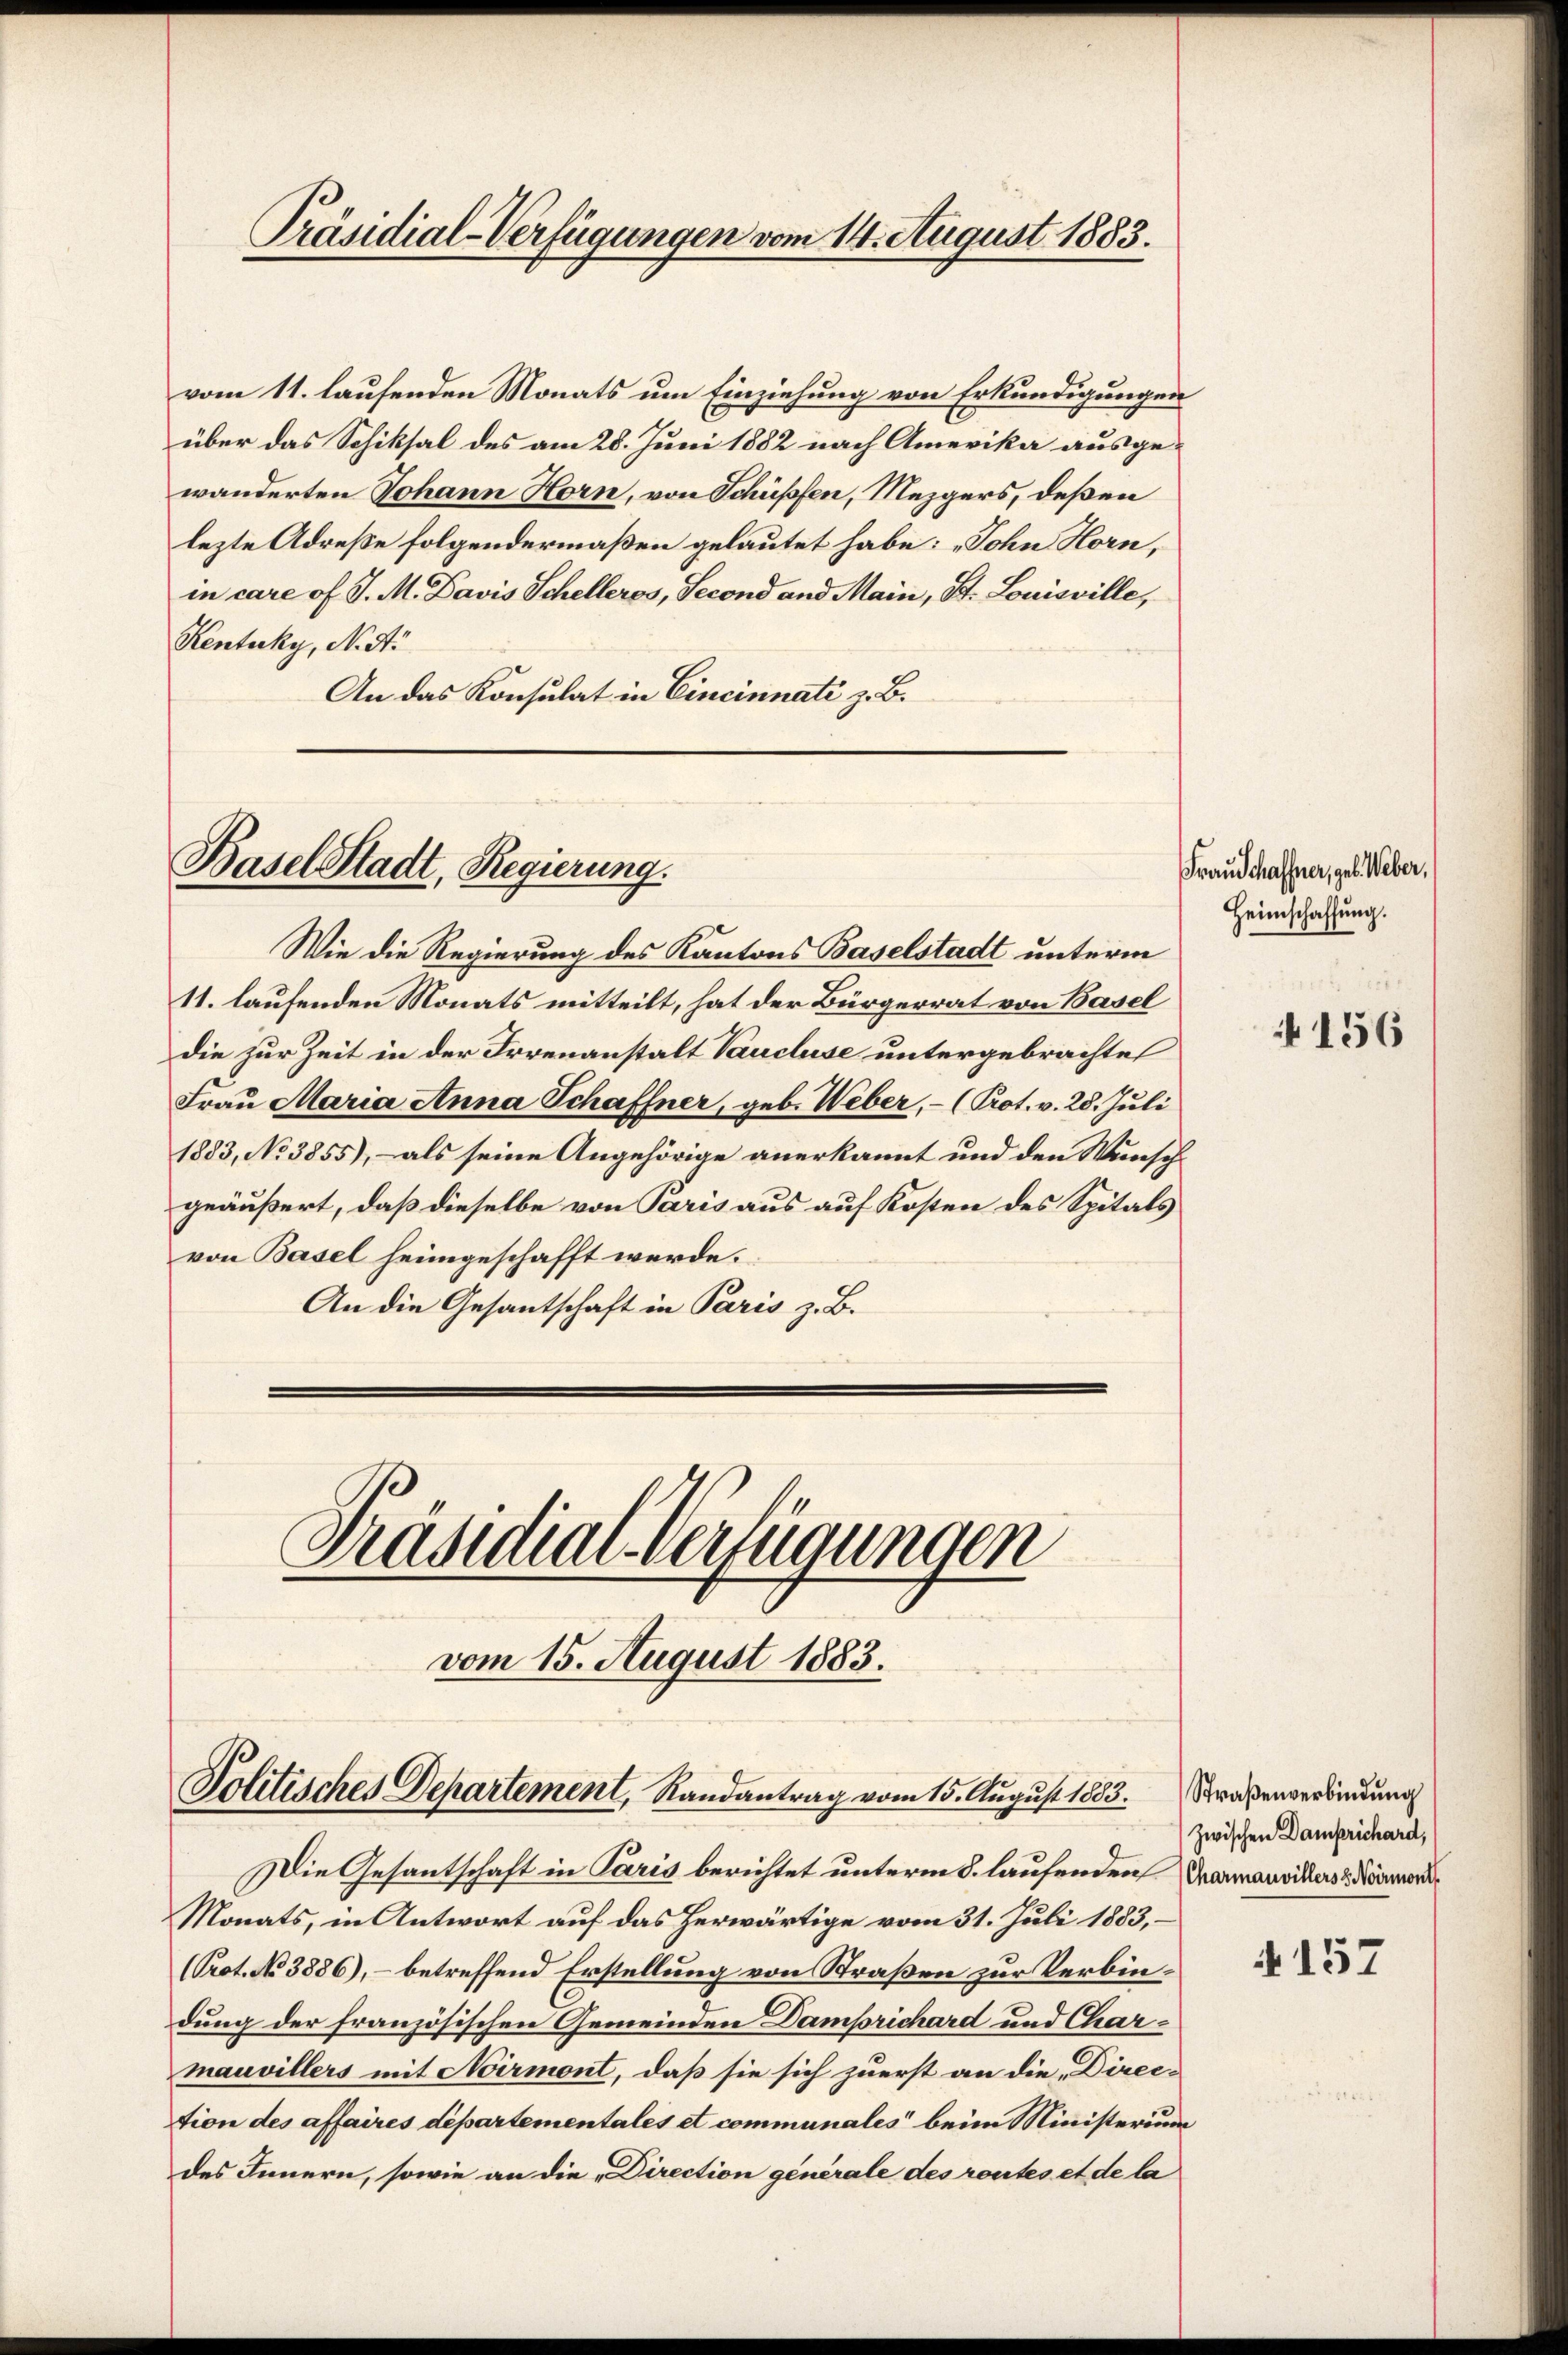
Präsidial-Verfügungen vom 14. August 1883.

vom 11. laufenden Monats um Einziehung von Erkundigungen
über das Schiksal des am 28. Juni 1882 nach Amerika ausgewänderten Johann Horn, von Schüpfen, Mezgers, deßen
lezte Adrese folgendermaßen gelautet habe: „John Horn,
in care of J. M. Davis Schelleros, Second und Main, St. Louisville,
Kentuky, N. N.
An das Konsulat in Cincinnati z. B.

Basel Stadt, Regierung.

Wie die Regierung des Kantons Baselstadt unterm
11. laufenden Monats mitteilt, hat der Bürgerrat von Basel
die zur Zeit in der Irrenanstalt Vaucluse untergebrachte
Frau Maria Anna Schaffner, geb. Weber, - (Prot. v. 28. Juli
1883, No 3855), – als seine Angehörige anerkannt und den Wunschgeäußert, daß dieselbe von Paris aus auf Kosten des Spitals
von Basel heimgeschafft werde.
An die Gesantschaft in Paris z. B.
Präsidial-Verfügungen
vom 15. August 1883.

Solitisches Departement, Randantrag vom 15. August 1883. Straßenverbindung

Die Gesantschaft in Paris berichtet unterm 8. laufenden Samnauvikars & Niemandi¬
Monats, in Antwort auf das herwärtige vom 31. Juli 1883,
Prot. No 3886), – betreffend Erstellung von Straßen zur Verbindung der französischen Gemeinden Damprichard und Charmauvillers mit Noirmont, daß sie sich zuerst an die Direc-
tion des affaires departementales et communales beim Ministerium
des Innern, sowie an die Direction générale des routes et de la

Frau Schaffner, geb. Weber,
Heimschaffung.

A 156

zwischen Damprichard,

A 157